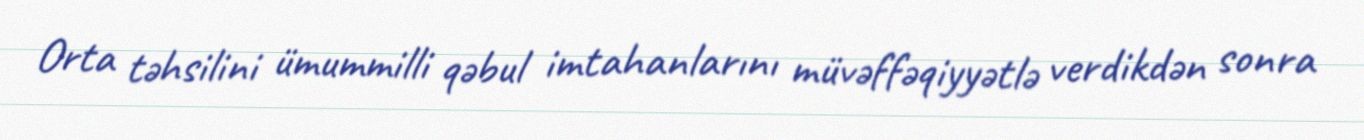
Orta təhsilini ümummilli qəbul imtahanlarını müvəffəqiyyətlə verdikdən sonra